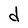
Character: d